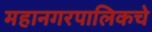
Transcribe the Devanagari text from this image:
महानगरपालिकचे